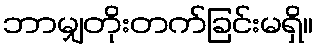
ဘာမျှတိုးတက်ခြင်းမရှိ။